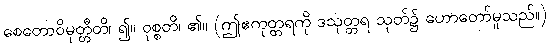
စေတောဝိမုတ္တီတိ၊ ၍။ ဝုစ္စတိ၊ ၏။ (ဤဧကုတ္တရကို ဒသုတ္တရ သုတ်၌ ဟောတော်မူသည်။)